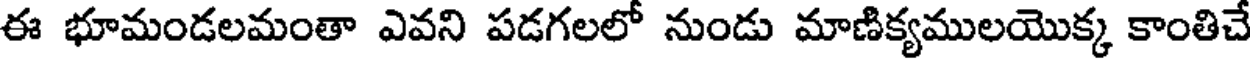
ఈ భూమండలమంతా ఎవని పడగలలో నుండు మాణిక్యములయొక్క కాంతిచే